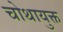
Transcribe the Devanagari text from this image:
चोथायुक्त